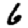
Digit: 6